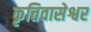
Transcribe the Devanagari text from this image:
कृत्तिवासेश्वर